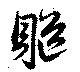
躯